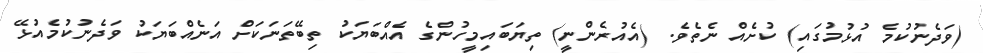
(ވަދެނުކުމެ އުޅުމުގައި) ކުށެއް ނެތެވެ. (އެއުރެންނީ) ތިޔަބައިމީހުންގެ އެއްބަޔަކު ތިބޭތަނަކަށް އަނެއްބަޔަކު ވަދެނުކުމެއުޅޭ